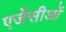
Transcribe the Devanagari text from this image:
एजेंसीओं